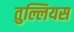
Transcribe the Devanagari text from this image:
तुल्लियस